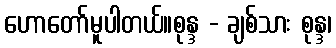
ဟောတော်မူပါတယ်။စုန္ဒ - ချစ်သား စုန္ဒ၊